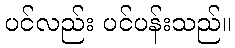
ပင်လည်း ပင်ပန်းသည်။